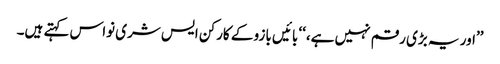
’’اور یہ بڑی رقم نہیں ہے،‘‘ بائیں بازو کے کارکن ایس شری نواس کہتے ہیں۔